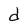
Character: d